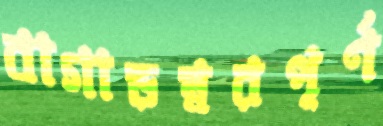
বাগাড়ম্বরপূর্ণ